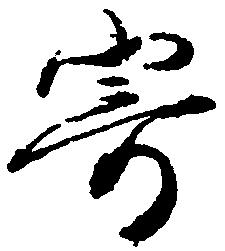
寄